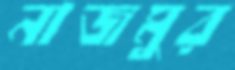
নাজমুর